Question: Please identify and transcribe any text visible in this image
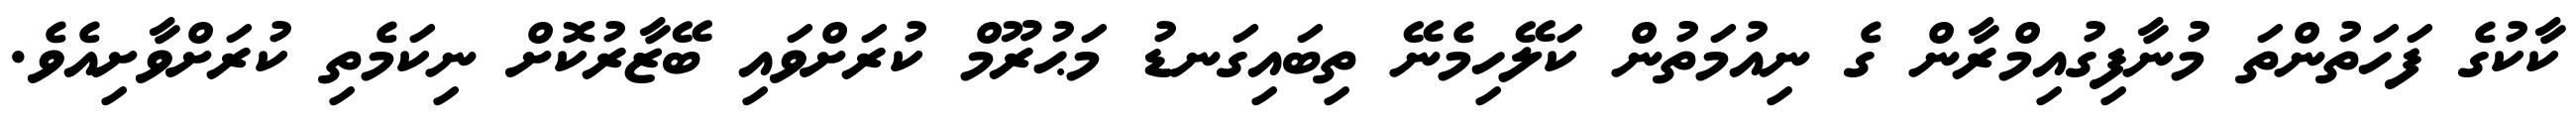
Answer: ކާކުގެ ފަހަތުންތަ މުނާފިގުއިމްރާން ގެ ނިއުމަތުން ކަލޭހިމެނޭ ތިބައިގަނޑު މަޙުރޫމް ކުރަށްވައި ބޭޒާރުކޮށް ނިކަމެތި ކުރަށްވާށިއެވެ.